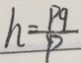
h = \frac { P 9 } { P }